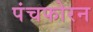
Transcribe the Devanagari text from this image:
पंचफोरन